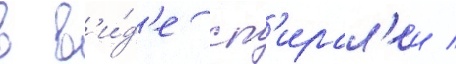
в в'и́д'е сп'ирал'еи /